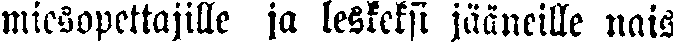
miesopettajille ja leskeksi jääneille nais